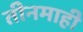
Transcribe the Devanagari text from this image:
तीनमाही